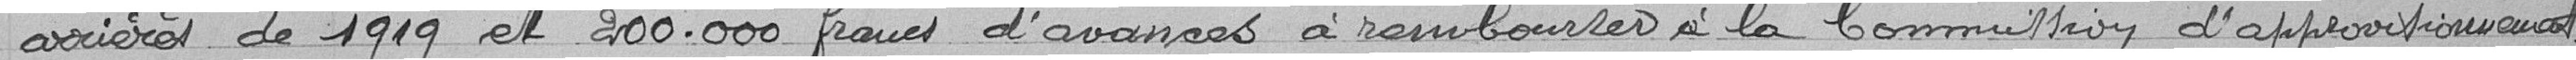
arrières de 1919 et 200.000 francs d'avances à rembourser à la Commission d'approvisionnement.